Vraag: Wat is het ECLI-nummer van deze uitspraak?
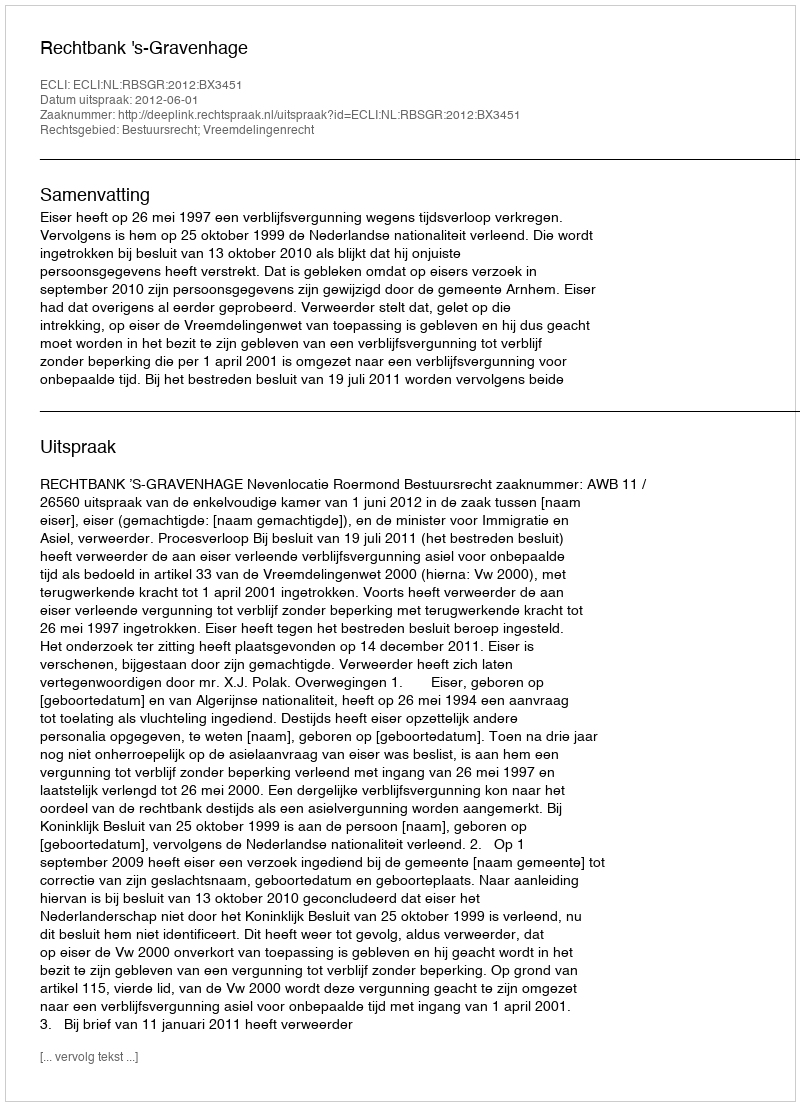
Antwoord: ECLI:NL:RBSGR:2012:BX3451